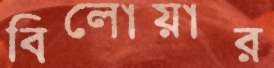
বিলোয়ার